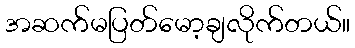
အဆက်မပြတ်မော့ချလိုက်တယ်။